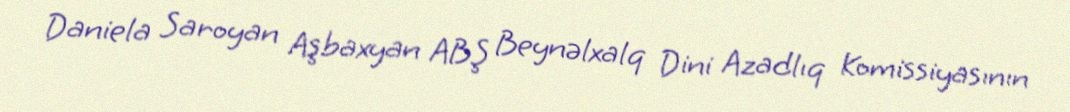
Daniela Saroyan Aşbaxyan ABŞ Beynəlxalq Dini Azadlıq Komissiyasının